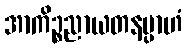
အာကိဉ္စညာယတနမ္ပာဟံ